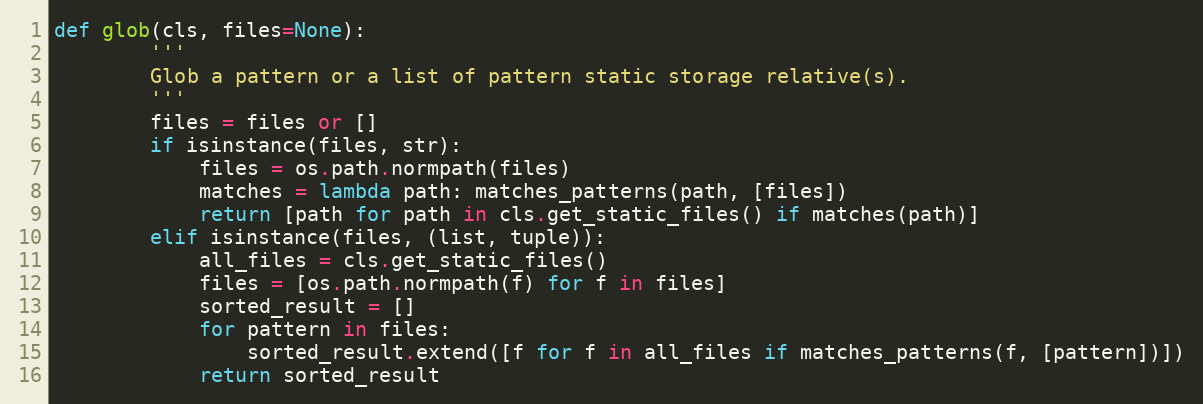
Language: Python
def glob(cls, files=None):
        '''
        Glob a pattern or a list of pattern static storage relative(s).
        '''
        files = files or []
        if isinstance(files, str):
            files = os.path.normpath(files)
            matches = lambda path: matches_patterns(path, [files])
            return [path for path in cls.get_static_files() if matches(path)]
        elif isinstance(files, (list, tuple)):
            all_files = cls.get_static_files()
            files = [os.path.normpath(f) for f in files]
            sorted_result = []
            for pattern in files:
                sorted_result.extend([f for f in all_files if matches_patterns(f, [pattern])])
            return sorted_result